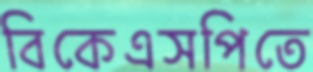
বিকেএসপিতে